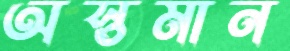
অস্তমান